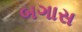
બગાસ